Civil Veterinary Dept. Bombay admin report 1932-41 - 1932-1941
Year: 1932
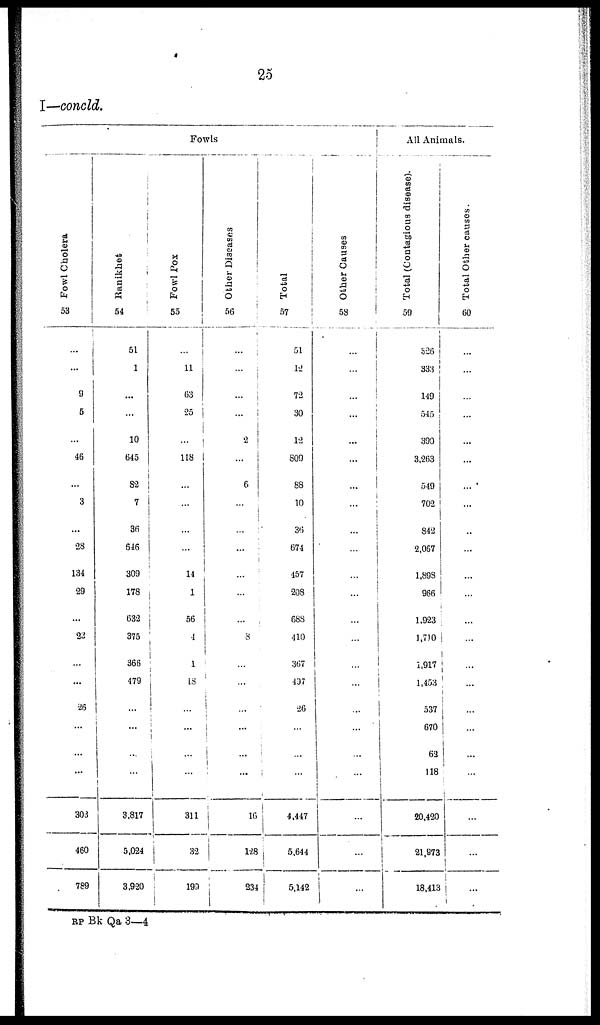
25
I—concld.
Fowls
Fowl Cholera
53
...
...
9
5
...
46
...
3
...
23
134
29
...
22
...
...
26
...
...
...
303
460
789
Ranikhet
54
51
1
...
...
10
645
82
7
36
646
309
178
632
375
366
479
...
...
...
...
3,817
5,024
3,920
Fowl Pox
55
...
11
63
25
...
118
...
...
...
...
14
1
56
4
1
18
...
...
...
...
311
32
199
Other Diseases
56
...
...
...
...
2
...
6
...
...
...
...
...
...
3
...
...
...
...
...
...
16
128
234
Total
57
51
12
72
30
12
809
88
10
36
674
457
208
688
410
367
437
26
...
...
...
4,447
5,644
5,142
Other Causes
58
...
...
...
...
...
...
...
...
...
...
...
...
...
...
...
...
...
...
...
...
...
...
...
All Animals.
Total (Contagious disease).
59
526
333
149
545
390
3,263
549
702
842
2,067
1,898
966
1,923
1,710
1,917
1,453
537
670
62
118
20,420
21,973
18,413
Total Other causes.
60
...
...
...
...
...
...
...
...
...
...
...
...
...
...
...
...
...
...
...
...
...
...
...
RP Bk Qa 3—4